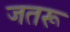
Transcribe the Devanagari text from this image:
जतरू